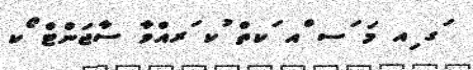
ަގ ިއ މަ ަސ ްއ ަކތް ުކ ަރއްވާ ސާޖަންޓް ޯކ